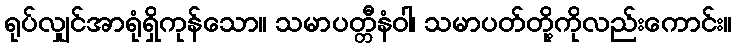
ရုပ်လျှင်အာရုံရှိကုန်သော။ သမာပတ္တီနံဝါ၊ သမာပတ်တို့ကိုလည်းကောင်း။